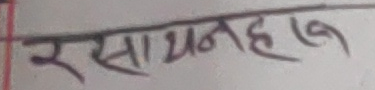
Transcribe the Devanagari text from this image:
रसायनहरु